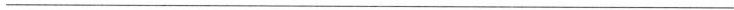
___